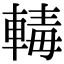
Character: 𨍛